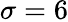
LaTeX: \sigma=6